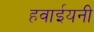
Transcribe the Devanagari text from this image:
हवाईयनी